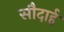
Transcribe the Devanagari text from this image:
सौदार्ह